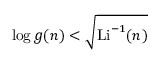
\log g ( n ) < { \sqrt { \operatorname { L i } ^ { - 1 } ( n ) } }